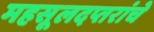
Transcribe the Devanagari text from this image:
महसूलदप्तरांचे